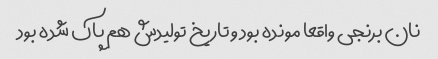
نان برنجی واقعا مونده بود و تاریخ تولیدش هم پاک شده بود